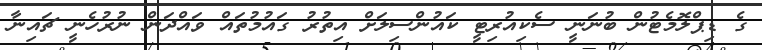
ގެ ޑިޕްލޮމެޓުން ބުނަނީ ސެކިއުރިޓީ ކައުންސިލަށް އިތުރު ގައުމުތައް ވައްދަން ނުރުހެނީ ޗައިނާ